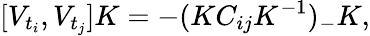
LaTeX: [V_{t_{i}},V_{t_{j}}]K=-(KC_{ij}K^{-1})_{-}K,